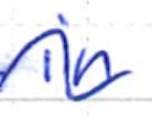
Text: in
Cross-out: wave
Writing tool: ballpoint